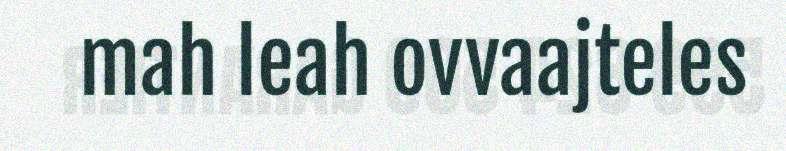
mah leah ovvaajteles